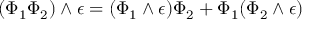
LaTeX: ( \Phi _ { 1 } \Phi _ { 2 } ) \wedge \epsilon = ( \Phi _ { 1 } \wedge \epsilon ) \Phi _ { 2 } + \Phi _ { 1 } ( \Phi _ { 2 } \wedge \epsilon )